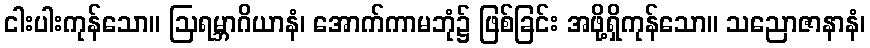
ငါးပါးကုန်သော။ ဩရမ္ဘာဂိယာနံ၊ အောက်ကာမဘုံ၌ ဖြစ်ခြင်း အဖို့ရှိကုန်သော။ သညောဇာနာနံ၊